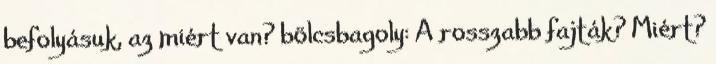
befolyásuk, az miért van? bölcsbagoly: A rosszabb fajták? Miért?